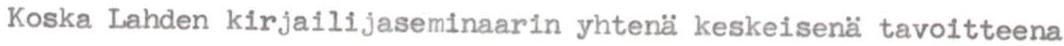
Koska Lahden kirjailijaseminaarin yhtenä keskeisenä tavoitteena